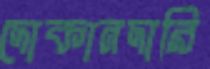
দোকানদারি